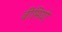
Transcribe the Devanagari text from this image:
वीमियो